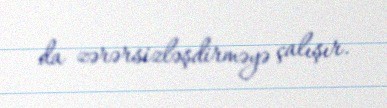
da zərərsizləşdirməyə çalışır.